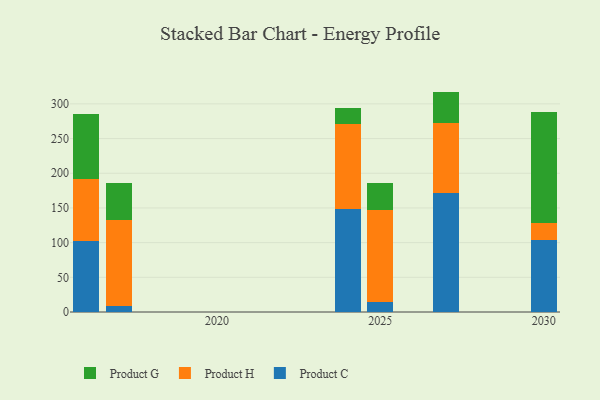
{"axis": {"x": "Year", "y": "Shipments"}, "legend": ["Product C", "Product G", "Product H"], "data": [{"x": "2027", "y": 170.9, "type": "Product C"}, {"x": "2027", "y": 100.9, "type": "Product H"}, {"x": "2027", "y": 45.9, "type": "Product G"}, {"x": "2030", "y": 103.8, "type": "Product C"}, {"x": "2030", "y": 24.3, "type": "Product H"}, {"x": "2030", "y": 160.0, "type": "Product G"}, {"x": "2017", "y": 8.7, "type": "Product C"}, {"x": "2017", "y": 124.6, "type": "Product H"}, {"x": "2017", "y": 52.7, "type": "Product G"}, {"x": "2024", "y": 148.2, "type": "Product C"}, {"x": "2024", "y": 122.6, "type": "Product H"}, {"x": "2024", "y": 23.4, "type": "Product G"}, {"x": "2025", "y": 14.0, "type": "Product C"}, {"x": "2025", "y": 132.5, "type": "Product H"}, {"x": "2025", "y": 39.3, "type": "Product G"}, {"x": "2016", "y": 102.8, "type": "Product C"}, {"x": "2016", "y": 89.4, "type": "Product H"}, {"x": "2016", "y": 93.4, "type": "Product G"}]}